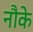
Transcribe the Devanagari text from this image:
नौके